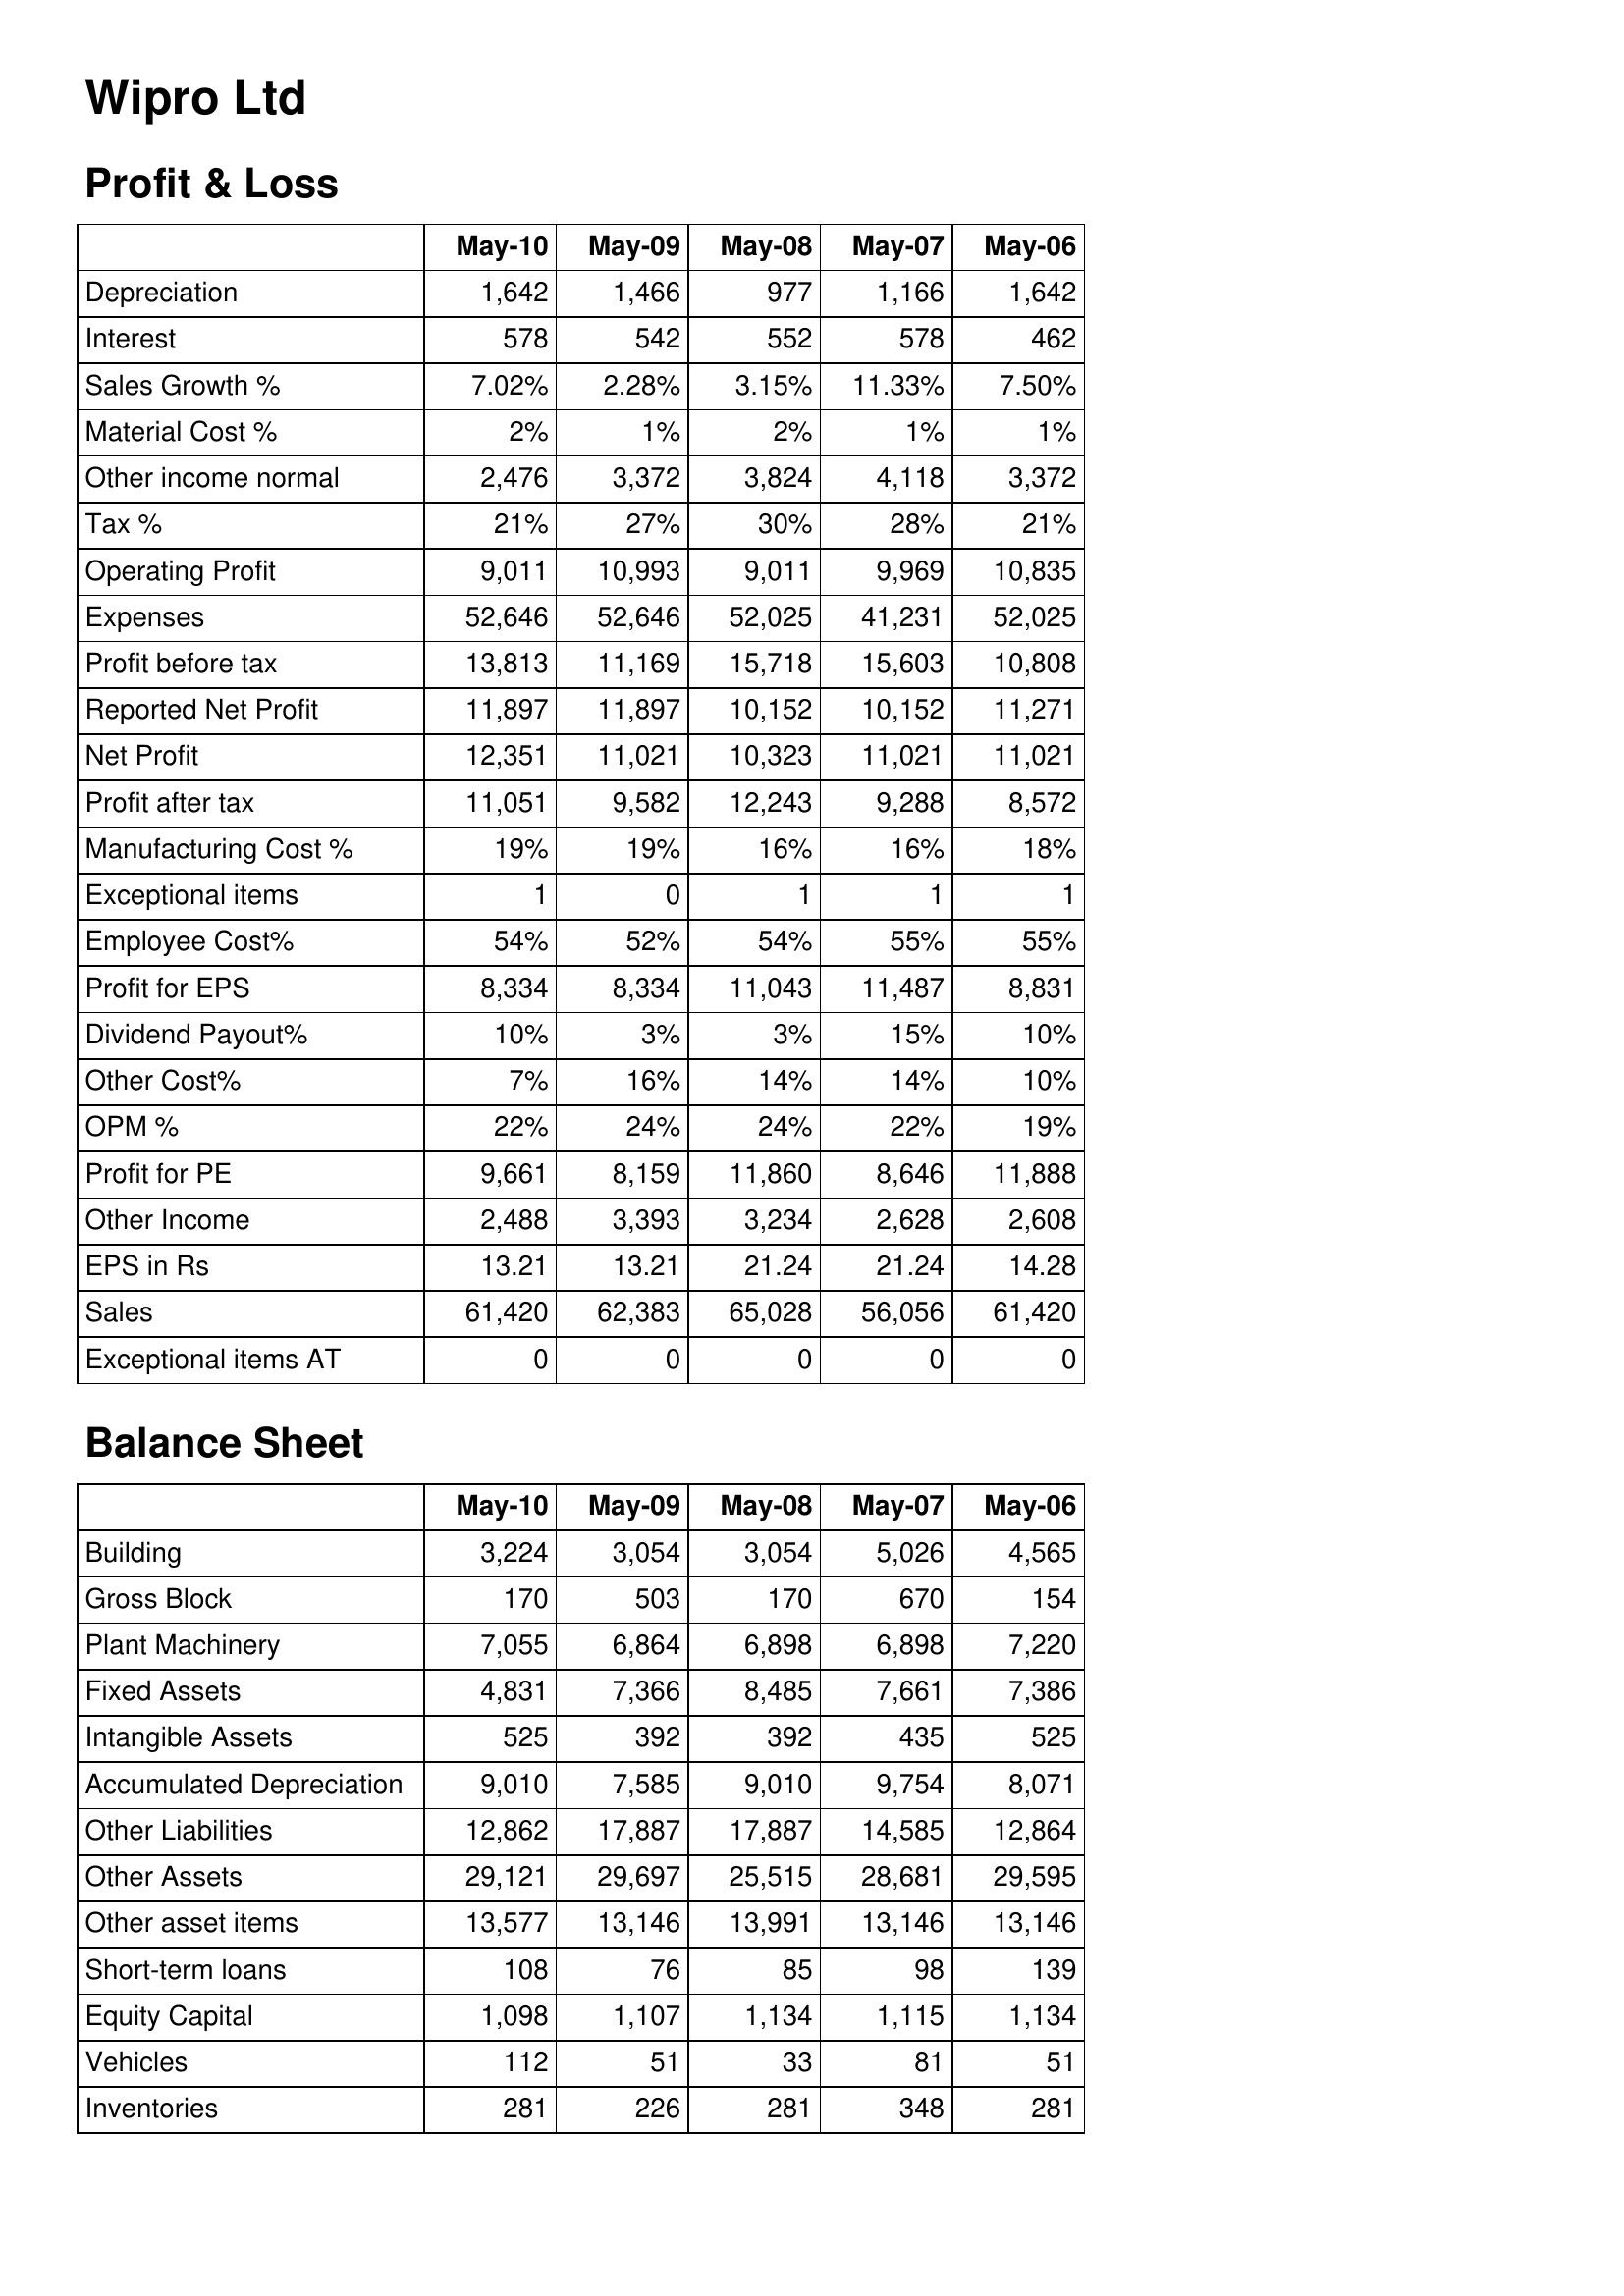
May-10: Profit & Loss: Depreciation: 1,642
Interest: 578
Sales Growth %: 7.02%
Material Cost %: 2%
Other income normal: 2,476
Tax %: 21%
Operating Profit: 9,011
Expenses: 52,646
Profit before tax: 13,813
Reported Net Profit: 11,897
Net Profit: 12,351
Profit after tax: 11,051
Manufacturing Cost %: 19%
Exceptional items: 1
Employee Cost%: 54%
Profit for EPS: 8,334
Dividend Payout%: 10%
Other Cost%: 7%
OPM %: 22%
Profit for PE: 9,661
Other Income: 2,488
EPS in Rs: 13.21
Sales: 61,420
Exceptional items AT: 0
Balance Sheet: Building: 3,224
Gross Block: 170
Plant Machinery: 7,055
Fixed Assets: 4,831
Intangible Assets: 525
Accumulated Depreciation: 9,010
Other Liabilities: 12,862
Other Assets: 29,121
Other asset items: 13,577
Short-term loans: 108
Equity Capital: 1,098
Vehicles: 112
Inventories: 281
May-09: Profit & Loss: Depreciation: 1,466
Interest: 542
Sales Growth %: 2.28%
Material Cost %: 1%
Other income normal: 3,372
Tax %: 27%
Operating Profit: 10,993
Expenses: 52,646
Profit before tax: 11,169
Reported Net Profit: 11,897
Net Profit: 11,021
Profit after tax: 9,582
Manufacturing Cost %: 19%
Exceptional items: 0
Employee Cost%: 52%
Profit for EPS: 8,334
Dividend Payout%: 3%
Other Cost%: 16%
OPM %: 24%
Profit for PE: 8,159
Other Income: 3,393
EPS in Rs: 13.21
Sales: 62,383
Exceptional items AT: 0
Balance Sheet: Building: 3,054
Gross Block: 503
Plant Machinery: 6,864
Fixed Assets: 7,366
Intangible Assets: 392
Accumulated Depreciation: 7,585
Other Liabilities: 17,887
Other Assets: 29,697
Other asset items: 13,146
Short-term loans: 76
Equity Capital: 1,107
Vehicles: 51
Inventories: 226
May-08: Profit & Loss: Depreciation: 977
Interest: 552
Sales Growth %: 3.15%
Material Cost %: 2%
Other income normal: 3,824
Tax %: 30%
Operating Profit: 9,011
Expenses: 52,025
Profit before tax: 15,718
Reported Net Profit: 10,152
Net Profit: 10,323
Profit after tax: 12,243
Manufacturing Cost %: 16%
Exceptional items: 1
Employee Cost%: 54%
Profit for EPS: 11,043
Dividend Payout%: 3%
Other Cost%: 14%
OPM %: 24%
Profit for PE: 11,860
Other Income: 3,234
EPS in Rs: 21.24
Sales: 65,028
Exceptional items AT: 0
Balance Sheet: Building: 3,054
Gross Block: 170
Plant Machinery: 6,898
Fixed Assets: 8,485
Intangible Assets: 392
Accumulated Depreciation: 9,010
Other Liabilities: 17,887
Other Assets: 25,515
Other asset items: 13,991
Short-term loans: 85
Equity Capital: 1,134
Vehicles: 33
Inventories: 281
May-07: Profit & Loss: Depreciation: 1,166
Interest: 578
Sales Growth %: 11.33%
Material Cost %: 1%
Other income normal: 4,118
Tax %: 28%
Operating Profit: 9,969
Expenses: 41,231
Profit before tax: 15,603
Reported Net Profit: 10,152
Net Profit: 11,021
Profit after tax: 9,288
Manufacturing Cost %: 16%
Exceptional items: 1
Employee Cost%: 55%
Profit for EPS: 11,487
Dividend Payout%: 15%
Other Cost%: 14%
OPM %: 22%
Profit for PE: 8,646
Other Income: 2,628
EPS in Rs: 21.24
Sales: 56,056
Exceptional items AT: 0
Balance Sheet: Building: 5,026
Gross Block: 670
Plant Machinery: 6,898
Fixed Assets: 7,661
Intangible Assets: 435
Accumulated Depreciation: 9,754
Other Liabilities: 14,585
Other Assets: 28,681
Other asset items: 13,146
Short-term loans: 98
Equity Capital: 1,115
Vehicles: 81
Inventories: 348
May-06: Profit & Loss: Depreciation: 1,642
Interest: 462
Sales Growth %: 7.50%
Material Cost %: 1%
Other income normal: 3,372
Tax %: 21%
Operating Profit: 10,835
Expenses: 52,025
Profit before tax: 10,808
Reported Net Profit: 11,271
Net Profit: 11,021
Profit after tax: 8,572
Manufacturing Cost %: 18%
Exceptional items: 1
Employee Cost%: 55%
Profit for EPS: 8,831
Dividend Payout%: 10%
Other Cost%: 10%
OPM %: 19%
Profit for PE: 11,888
Other Income: 2,608
EPS in Rs: 14.28
Sales: 61,420
Exceptional items AT: 0
Balance Sheet: Building: 4,565
Gross Block: 154
Plant Machinery: 7,220
Fixed Assets: 7,386
Intangible Assets: 525
Accumulated Depreciation: 8,071
Other Liabilities: 12,864
Other Assets: 29,595
Other asset items: 13,146
Short-term loans: 139
Equity Capital: 1,134
Vehicles: 51
Inventories: 281